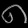
Digit: ၈